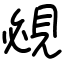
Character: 覕